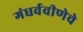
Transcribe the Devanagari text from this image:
गंधर्ववीणेचे